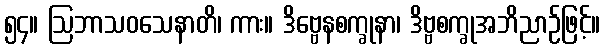
၅၄။ ဩဘာသဝသေနာတိ၊ ကား။ ဒိဗ္ဗေနစက္ခုနာ၊ ဒိဗ္ဗစက္ခုအဘိညာဉ်ဖြင့်။